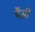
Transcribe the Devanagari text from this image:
पैसी